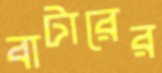
বাটারের